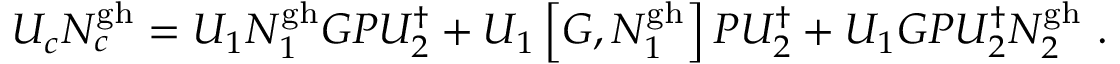
U _ { c } N _ { c } ^ { \mathrm { g h } } = U _ { 1 } N _ { 1 } ^ { \mathrm { g h } } G P U _ { 2 } ^ { \dagger } + U _ { 1 } \left[ G , N _ { 1 } ^ { \mathrm { g h } } \right] P U _ { 2 } ^ { \dagger } + U _ { 1 } G P U _ { 2 } ^ { \dagger } N _ { 2 } ^ { \mathrm { g h } } \ .